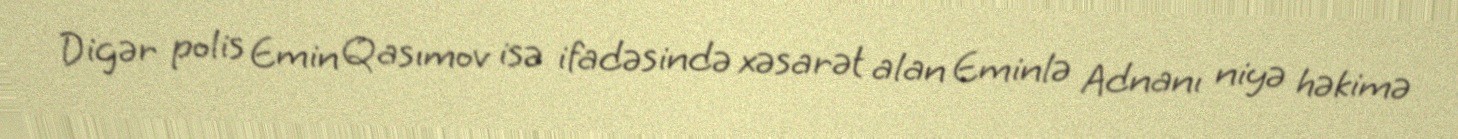
Digər polis Emin Qasımov isə ifadəsində xəsarət alan Eminlə Adnanı niyə həkimə